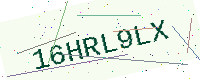
Text: 16HRL9LX